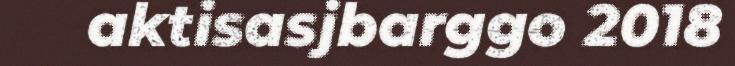
aktisasjbarggo 2018